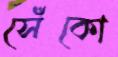
সেঁকো